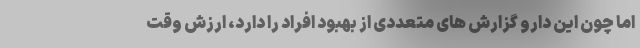
اما چون این دارو گزارش های متعددی از بهبود افراد را دارد، ارزش وقت